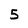
Character: 5